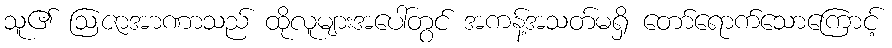
သူ၏ ဩဇာအာဏာသည် ထိုလူများအပေါ်တွင် အကန့်အသတ်မရှိ တော်ရောက်သောကြောင့်